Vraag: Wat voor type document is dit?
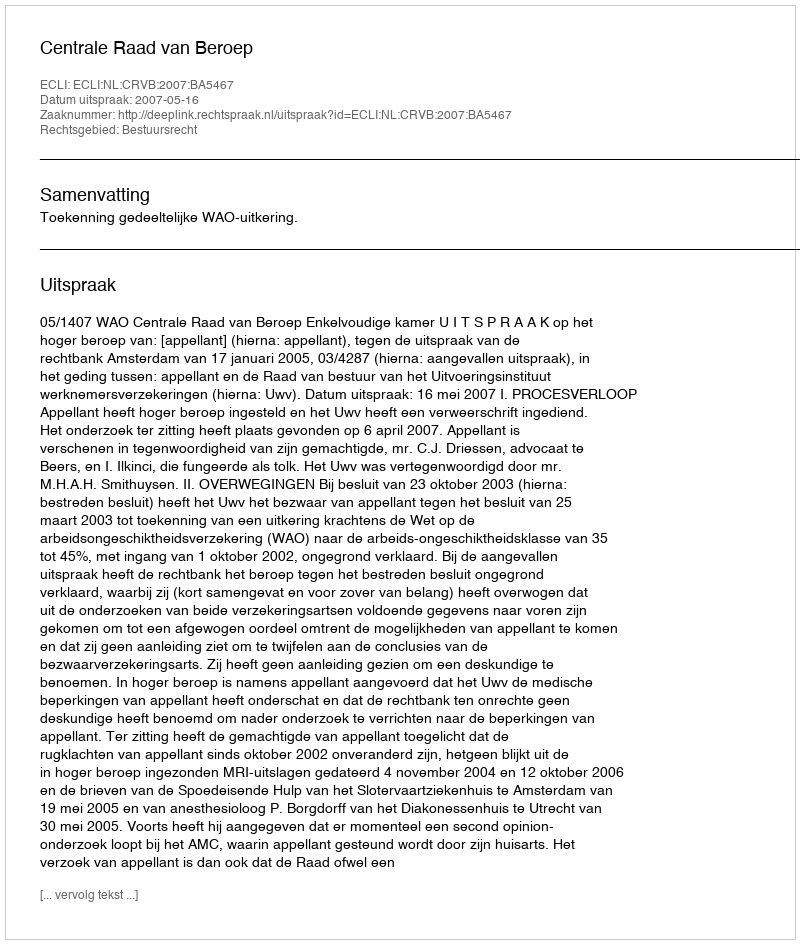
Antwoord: Uitspraak